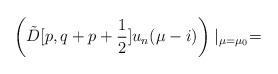
LaTeX: \begin{align*}\left(\tilde{D}[p,q+p+\frac{1}{2}]u_{n}(\mu-i)\right)\mid_{\mu=\mu_{0}}=\end{align*}